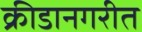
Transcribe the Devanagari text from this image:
क्रीडानगरीत